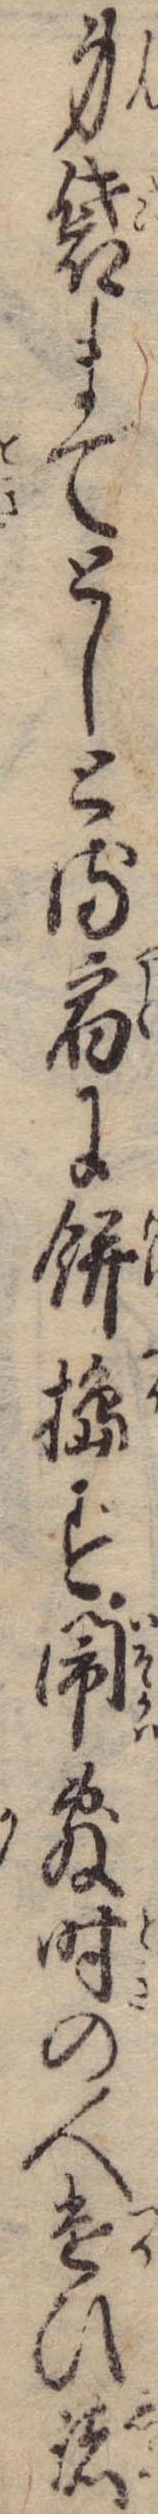
身袋までとしとる宿に餅搗ず閙敷時の人遣ひ諸